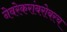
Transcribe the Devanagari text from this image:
नेवरेकरांबरोबरच